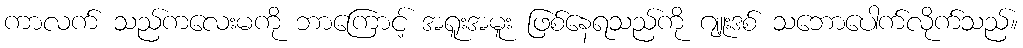
ကာလက် သည်ကလေးမကို ဘာကြောင့် အရူးအမူး ဖြစ်နေရသည်ကို ဂျူးဒစ် သဘောပေါက်လိုက်သည်။